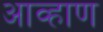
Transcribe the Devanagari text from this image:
आव्हाण